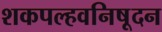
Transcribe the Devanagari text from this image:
शकपल्हवनिषूदन